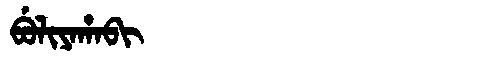
Manchu: ᠪᡠᠯᡳᠶᠠᡥᠠᠪᡳ
Romanization: BULIYAHABI